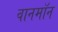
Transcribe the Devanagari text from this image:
वानमॉन